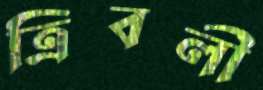
ত্রিবলী